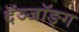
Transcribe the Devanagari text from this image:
दॅञ्जॉङ्ग